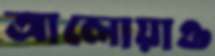
আলোয়াও